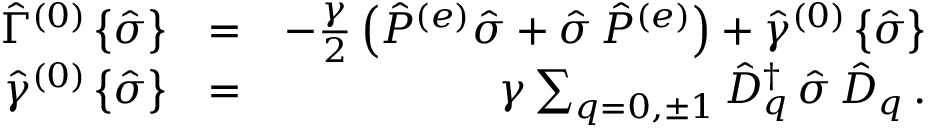
\begin{array} { r l r } { { \hat { \Gamma } } ^ { ( 0 ) } \left\{ { \hat { \sigma } } \right\} } & { = } & { - \frac { \gamma } { 2 } \left( { \hat { P } } ^ { ( e ) } { \hat { \sigma } } + { \hat { \sigma } } \, { \hat { P } } ^ { ( e ) } \right) + { \hat { \gamma } } ^ { ( 0 ) } \left\{ { \hat { \sigma } } \right\} } \\ { { \hat { \gamma } } ^ { ( 0 ) } \left\{ { \hat { \sigma } } \right\} } & { = } & { \gamma \sum _ { q = 0 , \pm 1 } { \hat { D } } _ { q } ^ { \dagger } \, { \hat { \sigma } } \, { \hat { D } } _ { q } \, . } \end{array}